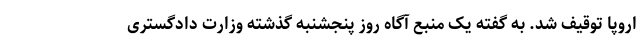
اروپا توقیف شد‌. به گفته یک منبع آگاه روز پنجشنبه گذشته وزارت دادگستری